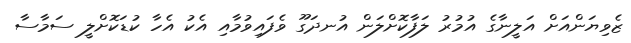
ޒެވިޔަންއަށް އަލީނާގެ އުމުރު ލަފާކޮށްލަން އުނދަގޫ ވެފައިވުމާއި އެކު އެހާ ކުޑަކޮށްލީ ސަމާސާ